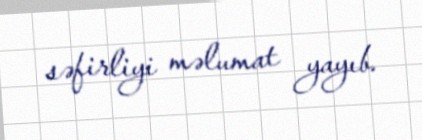
səfirliyi məlumat yayıb.